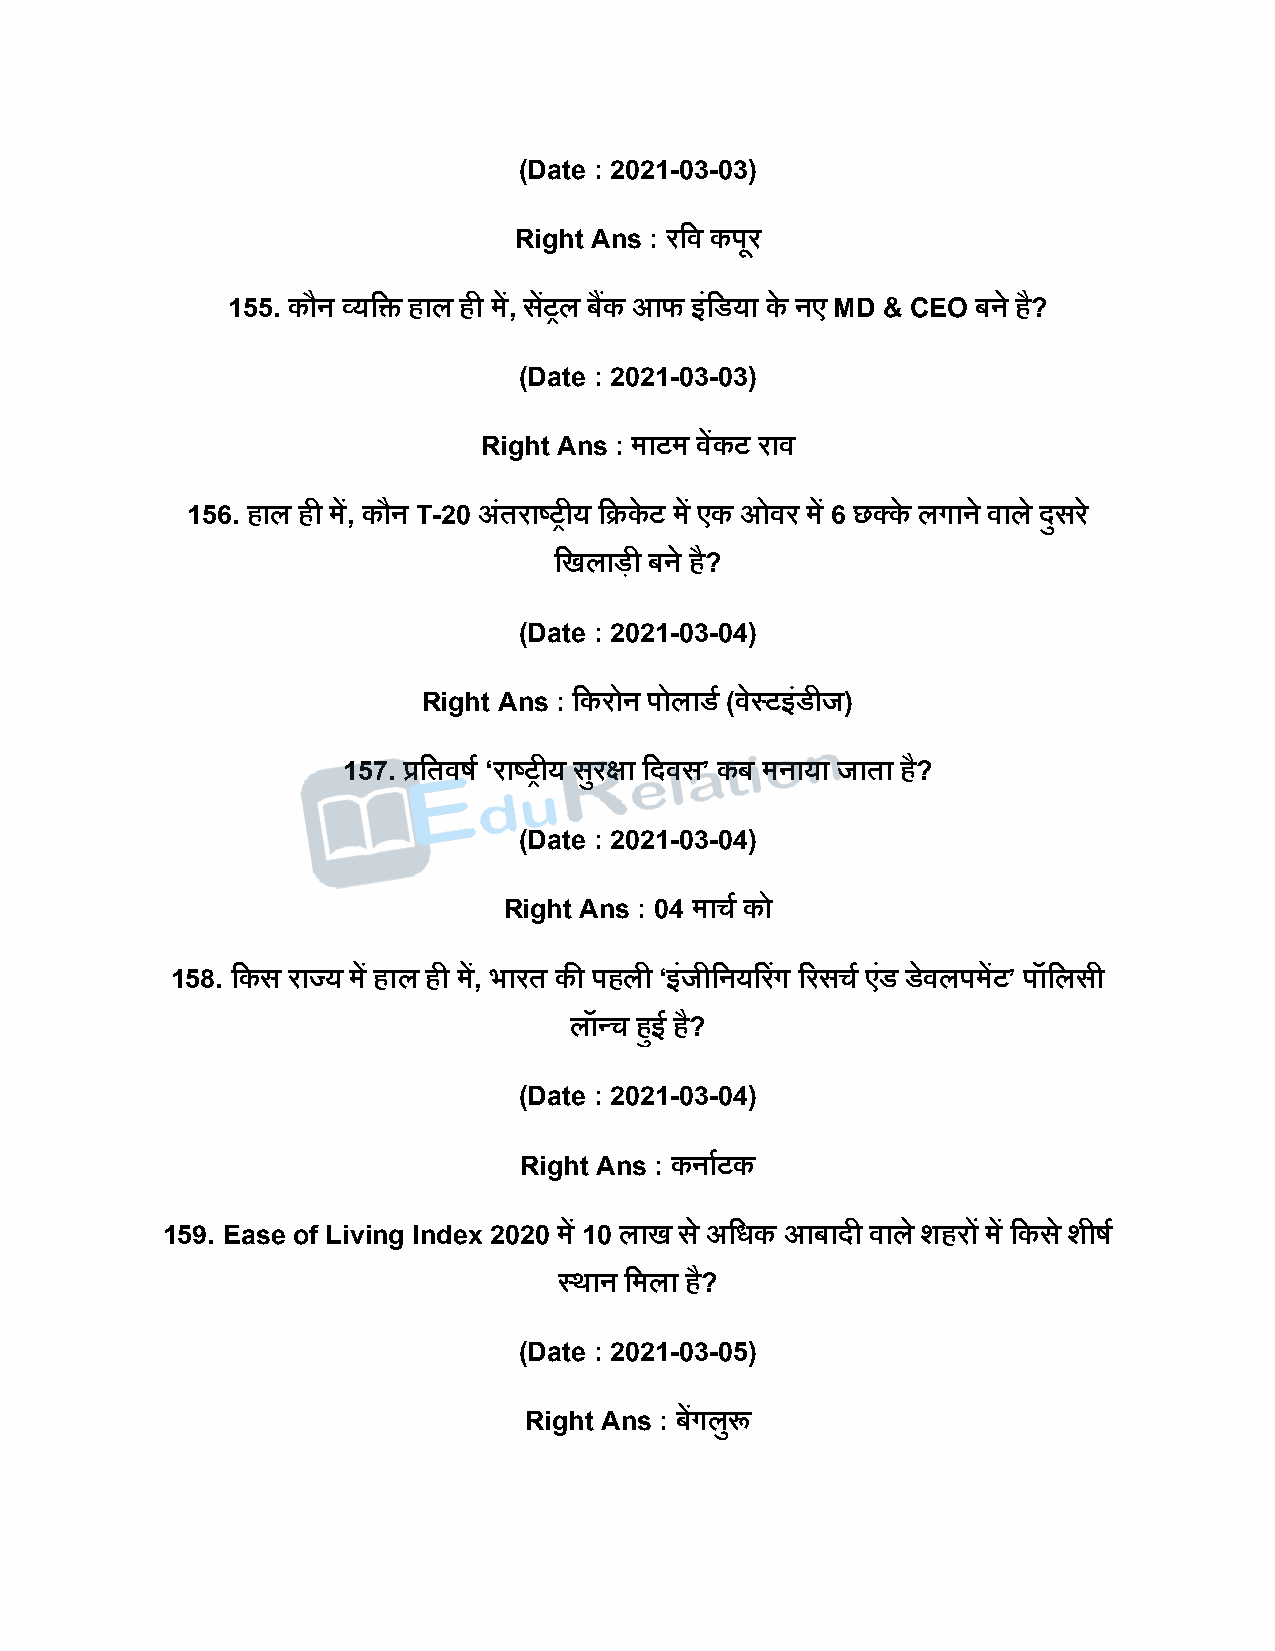
(Date : 2021-03-03)
 Right Ans : रदव किूर
 155. कौन व्यदि हाल ही में, सेंरल बकैं आफ इंदडया के नए MD & CEO बने है?
 (Date : 2021-03-03)
 Right Ans : माटम वेंकट राव
 156. हाल ही में, कौन T-20 अंतराष्ट्रीय दक्रके ट में एक ओवर में 6 छक्के लगाने वाले िुसर े
 दखलािी बने है?
 (Date : 2021-03-04)
 Right Ans : दकरोन िोलाडष (वेस्टइंडीज)
 157. प्रदतवर्ष ‘राष्ट्रीय सरु क्षा दिवस’ कब मनाया जाता है?
 (Date : 2021-03-04)
 Right Ans : 04 माचष को
 158. दकस राज्य में हाल ही में, भारत की िहली ‘इंजीदनयररगं ररसचष एडं डेवलिमेंट’ िॉदलसी
 लॉन्च हुई है?
 (Date : 2021-03-04)
 Right Ans : कनाषटक
 159. Ease of Living Index 2020 में 10 लाख स े अदधक आबािी वाले शहरों में दकस े शीर्ष
 स्थान दमला है?
 (Date : 2021-03-05)
 Right Ans : बेंगलुरू